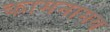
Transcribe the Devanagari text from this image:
कामनामय